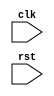
/////////////////////////////////////////////////////////////////////////////////////////////////////////////////////////////////////////////////////////////////////////
// Module: .v
//
//	Function: 
//				
//
// Purpose:
// 			
//
// Data Organization:
//				
//
// Used by:
//				.v
//
// Dependency:
//				.v
//
// Testbench:
//				_tb.v
//
// Timing:
//				TBD
//
// Todo:
//				
//
// Created by: 
//				Chen Yang 01/01/2019
/////////////////////////////////////////////////////////////////////////////////////////////////////////////////////////////////////////////////////////////////////////

module template
#(
	parameter A = 2
)
(
	input clk,
	input rst
);

	wire [A-1:0] B;
	assign B = {(A){1'b0}};


endmodule